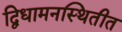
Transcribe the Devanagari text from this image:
द्विधामनस्थितीत